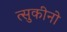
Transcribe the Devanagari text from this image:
त्सुकीनो